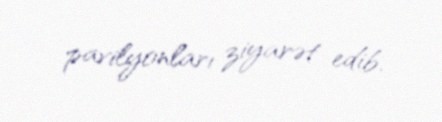
pavilyonları ziyarət edib.